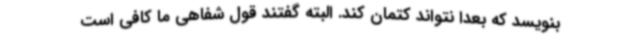
بنویسد که بعداً نتواند کتمان کند. البته گفتند قول شفاهی ما کافی است